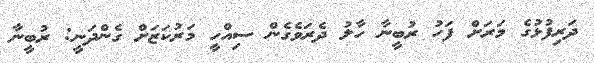
ދަރިފުޅުގެ މަރަށް ފަހު ރުބީނާ ހާލު ދެރަވެގެން ސިއްހީ މަރުކަޒަށް ގެންދަނީ: ރުބީނާ